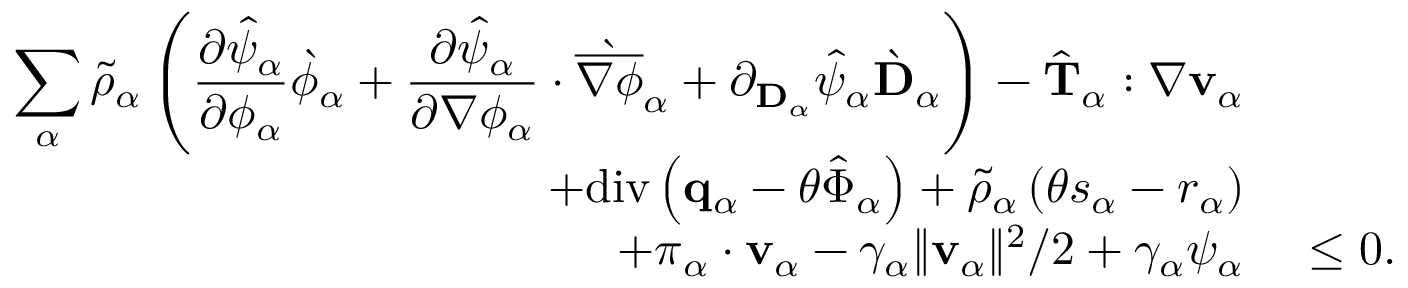
\begin{array} { r l } { \displaystyle \sum _ { \alpha } \tilde { \rho } _ { \alpha } \left( \frac { \partial \hat { \psi } _ { \alpha } } { \partial \phi _ { \alpha } } \grave { \phi } _ { \alpha } + \frac { \partial \hat { \psi } _ { \alpha } } { \partial \nabla \phi _ { \alpha } } \cdot \grave { \overline { { \nabla \phi } } } _ { \alpha } + \partial _ { \mathbf { D } _ { \alpha } } \hat { \psi } _ { \alpha } \grave { \mathbf { D } } _ { \alpha } \right) - \hat { \mathbf { T } } _ { \alpha } : \nabla \mathbf { v } _ { \alpha } } & { } \\ { + \mathrm { d i v } \left( \mathbf { q } _ { \alpha } - \theta \hat { \boldsymbol { \Phi } } _ { \alpha } \right) + \tilde { \rho } _ { \alpha } \left( \theta s _ { \alpha } - r _ { \alpha } \right) } & { } \\ { + \boldsymbol { \pi } _ { \alpha } \cdot \mathbf { v } _ { \alpha } - \gamma _ { \alpha } \| \mathbf { v } _ { \alpha } \| ^ { 2 } / 2 + \gamma _ { \alpha } \psi _ { \alpha } } & { ~ \leq 0 . } \end{array}